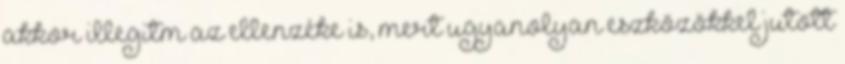
akkor illegitm az ellenzéke is, mert ugyanolyan eszközökkel jutott